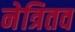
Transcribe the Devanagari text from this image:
नेत्रितव